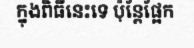
ក្នុងពិធីនេះទេ ប៉ុន្តែផ្អែក